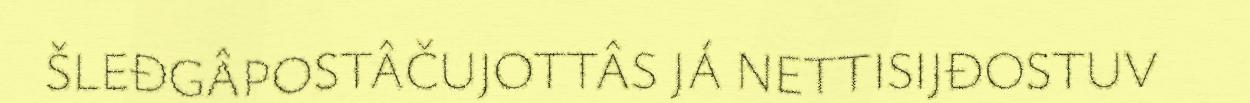
ŠLEĐGÂPOSTÂČUJOTTÂS JÁ NETTISIJĐOSTUV